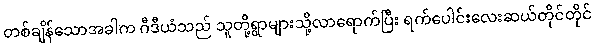
တစ်ချိန်သောအခါက ဂီဒီယံသည် သူတို့ရွာများသို့လာရောက်ပြီး ရက်ပေါင်းလေးဆယ်တိုင်တိုင်